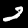
Label: 2